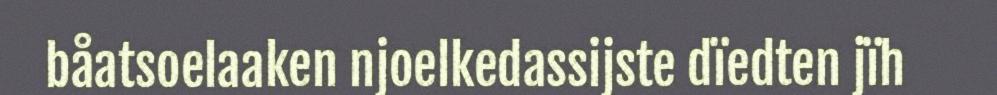
båatsoelaaken njoelkedassijste dïedten jïh